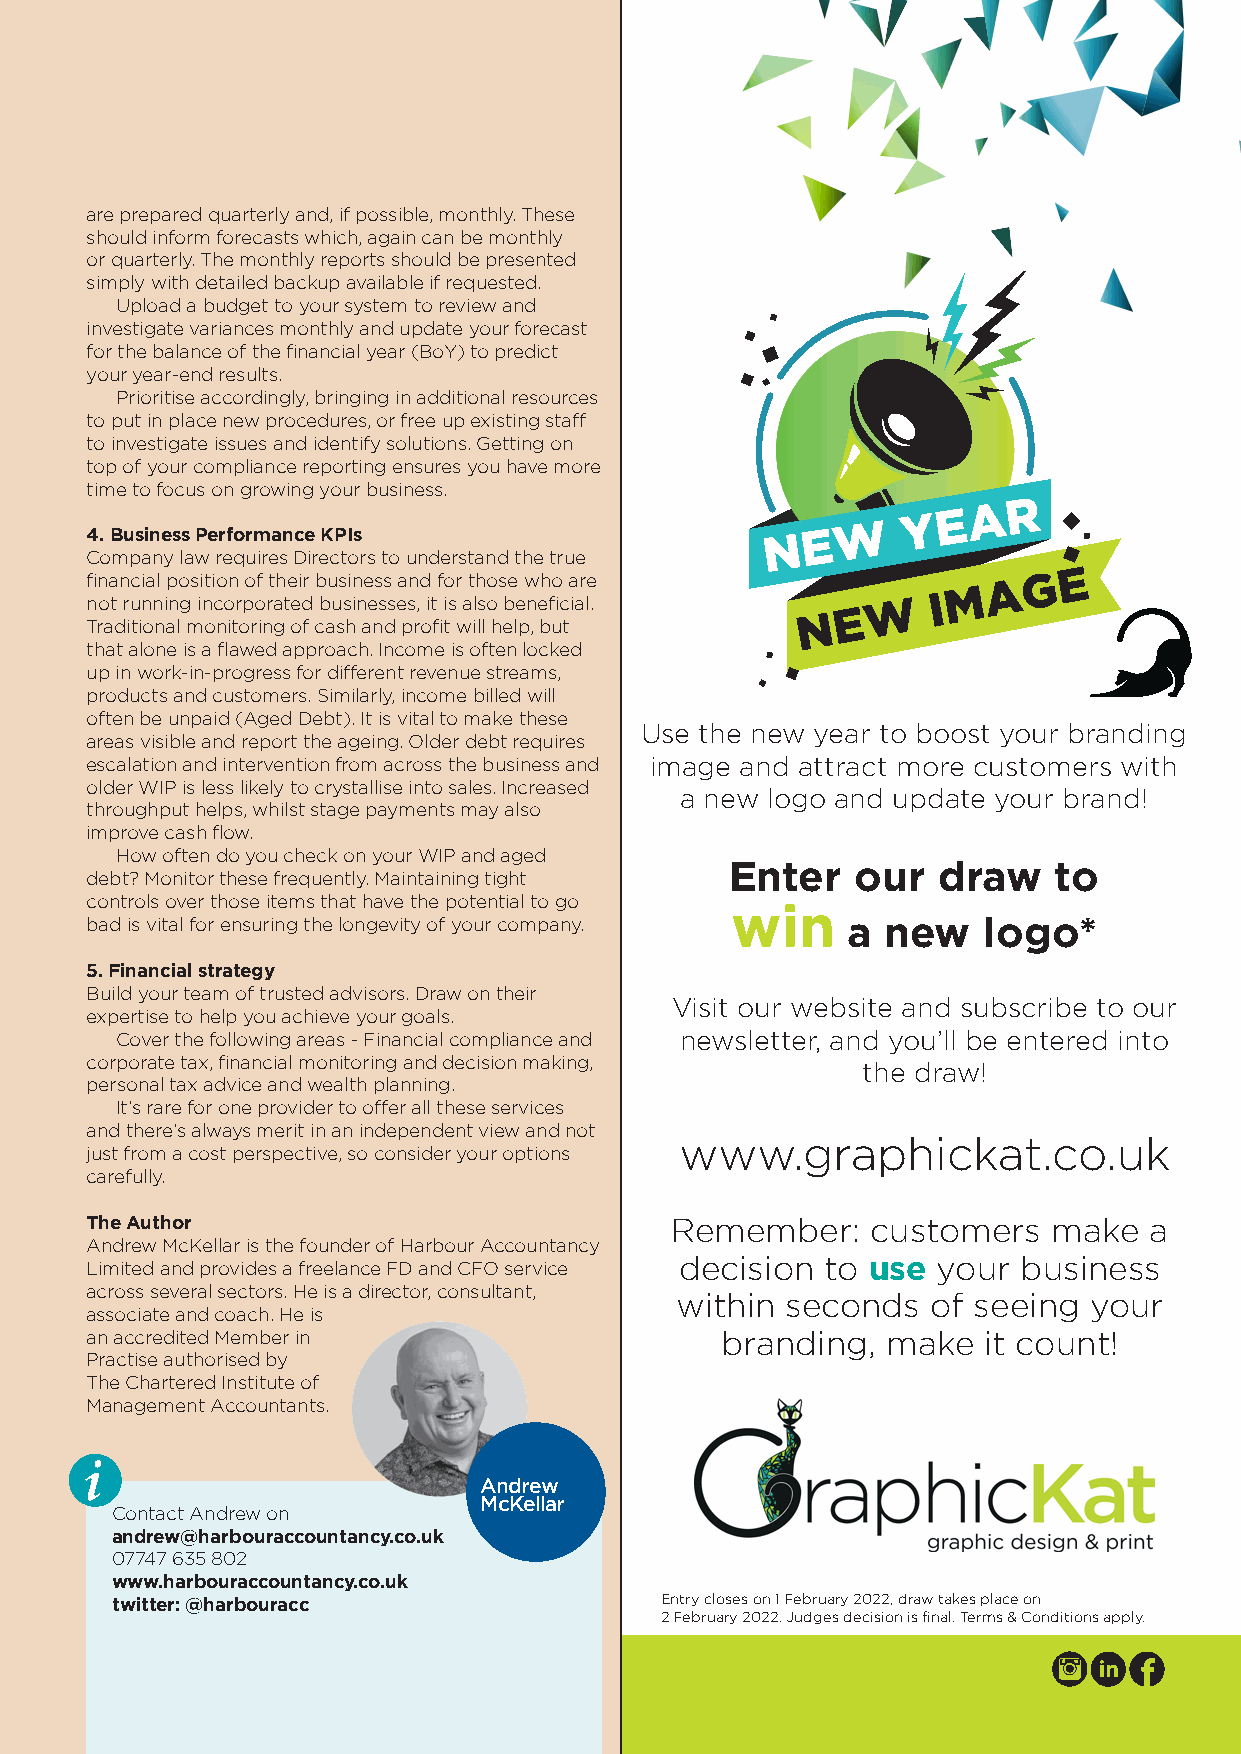
are prepared quarterly and, if possible, monthly. These
 should inform forecasts which, again can be monthly
 or quarterly. The monthly reports should be presented
 simply with detailed backup available if requested.
 Upload a budget to your system to review and
 investigate variances monthly and update your forecast
 for the balance of the financial year (BoY) to predict
 your year-end results.
 Prioritise accordingly, bringing in additional resources
 to put in place new procedures, or free up existing staff
 to investigate issues and identify solutions. Getting on
 top of your compliance reporting ensures you have more
 time to focus on growing your business.
 W
 Y E A  R
 N E
 4. Business Performance KPIs
 Company law requires Directors to understand the true         G E
 A
 financial position of their business and for those who are M
 W    I
 not running incorporated businesses, it is also beneficial. N E
 Traditional monitoring of cash and profit will help, but
 that alone is a flawed approach. Income is often locked
 up in work-in-progress for different revenue streams,
 products and customers. Similarly, income billed will
 often be unpaid (Aged Debt). It is vital to make these
 Use the new year to boost your branding
 areas visible and report the ageing. Older debt requires
 escalation and intervention from across the business and image and attract more customers with
 older WIP is less likely to crystallise into sales. Increased
 a ne w logo and update your brand!
 throughput helps, whilst stage payments may also
 improve cash flow.
 How often do you check on your WIP and aged
 Enter    our  draw    to
 debt? Monitor these frequently. Maintaining tight
 controls over those items that have the potential to go win
 bad is vital for ensuring the longevity of your company. a new logo*
 5. Financial strategy
 Build your team of trusted advisors. Draw on their
 Visit our website and subscribe to our
 expertise to help you achieve your goals.
 Cover the following areas - Financial compliance and newsletter, and you’ll be entered into
 corporate tax, financial monitoring and decision making,
 the draw!
 personal tax advice and wealth planning.
 It’s rare for one provider to offer all these services
 and there’s always merit in an independent view and not
 www.graphickat.co.uk
 just from a cost perspective, so consider your options
 carefully.
 The Author                            Remember:     customers   make  a
 Andrew McKellar is the founder of Harbour Accountancy
 decision  to use your  business
 Limited and provides a freelance FD and CFO service
 across several sectors. He is a director, consultant,
 within seconds   of seeing your
 associate and coach. He is
 an accredited Member in                   branding,  make  it count!
 Practise authorised by
 The Chartered Institute of
 Management Accountants.
 i
 Andrew
 McKellar
 Contact Andrew on
 andrew@harbouraccountancy.co.uk
 07747 635 802
 www.harbouraccountancy.co.uk
 twitter: @harbouracc                 Entry closes on 1 February 2022, draw takes place on
 2 February 2022. Judges decision is final. Terms & Conditions apply.